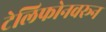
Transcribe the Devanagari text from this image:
टेलिफोनवरून